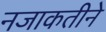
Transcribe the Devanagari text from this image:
नजाकतीने